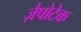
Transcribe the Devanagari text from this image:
ज़ैपोटेक